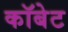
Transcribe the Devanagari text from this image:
कॉबेट